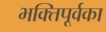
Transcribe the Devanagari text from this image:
भक्तिपूर्वका